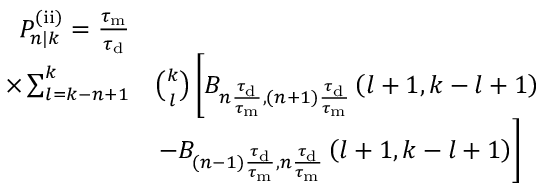
\begin{array} { r l } { P _ { n | k } ^ { \mathrm { ( i i ) } } = \frac { \tau _ { \mathrm { m } } } { \tau _ { \mathrm { d } } } } & { } \\ { \times \sum _ { l = k - n + 1 } ^ { k } } & { \binom { k } { l } \left[ B _ { n \frac { \tau _ { \mathrm { d } } } { \tau _ { \mathrm { m } } } , ( n + 1 ) \frac { \tau _ { \mathrm { d } } } { \tau _ { \mathrm { m } } } } \left( l + 1 , k - l + 1 \right) \right. } \\ & { \left. - B _ { ( n - 1 ) \frac { \tau _ { \mathrm { d } } } { \tau _ { \mathrm { m } } } , n \frac { \tau _ { \mathrm { d } } } { \tau _ { \mathrm { m } } } } \left( l + 1 , k - l + 1 \right) \right] } \end{array}